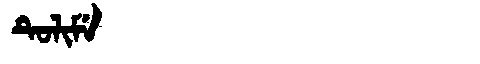
Manchu: ᡨᡠᠯᡳᠮᡝ
Romanization: TULIME